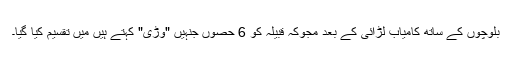
بلوچوں کے ساتھ کامیاب لڑائی کے بعد مجوکہ قبیلہ کو 6 حصوں جنہیں "وڑی" کہتے ہیں میں تقسیم کیا گیا۔